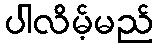
ပါလိမ့်မည်